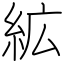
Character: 絋